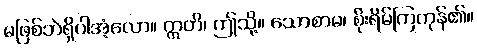
မဖြစ်ဘဲရှိပါအံ့လော။ ဣတိ၊ ဤသို့။ သောစာမ၊ စိုးရိမ်ကြကုန်၏။